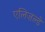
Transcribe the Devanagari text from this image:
एलिज़ल्ड़े